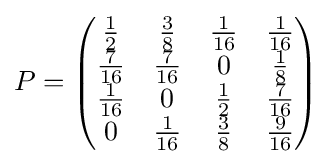
P={\begin{pmatrix}{\frac {1}{2}}&{\frac {3}{8}}&{\frac {1}{16}}&{\frac {1}{16}}\\{\frac {7}{16}}&{\frac {7}{16}}&0&{\frac {1}{8}}\\{\frac {1}{16}}&0&{\frac {1}{2}}&{\frac {7}{16}}\\0&{\frac {1}{16}}&{\frac {3}{8}}&{\frac {9}{16}}\end{pmatrix}}